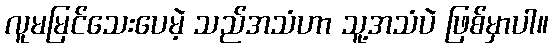
လူမမြင်သေးပေမဲ့ သည်အသံဟာ သူ့အသံပဲ ဖြစ်မှာပါ။